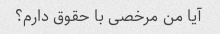
آیا من مرخصی با حقوق دارم؟